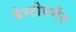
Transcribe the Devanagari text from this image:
बेस्टोवमेंट